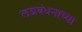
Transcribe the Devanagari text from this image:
लग्नबंधनाच्या